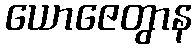
ယောဇေတွာန